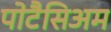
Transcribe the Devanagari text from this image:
पोटैसिअम